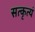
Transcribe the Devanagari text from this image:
सत्कृत्यं